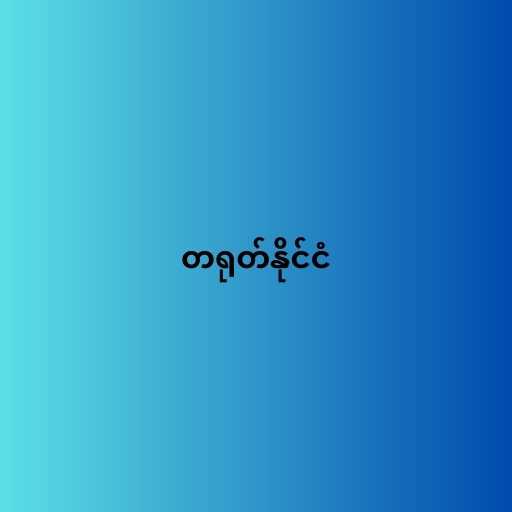
တရုတ်နိုင်ငံ